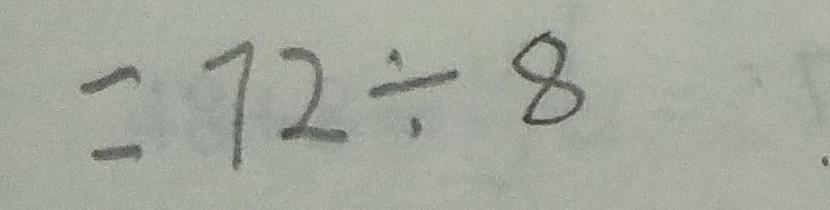
= 7 2 \div 8